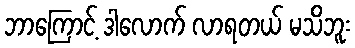
ဘာကြောင့် ဒါလောက် လာရတယ် မသိဘူး